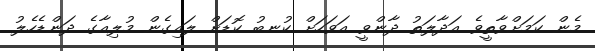
މެން ކަމަށްވާތީވެ އަދާލަތު ދާންވީ އަވަހަށް ކުނބު ކޮޑަށް ލައިގެން މުލިއާގެ ދަންޑެހެލު